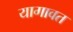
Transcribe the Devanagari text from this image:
यागावत